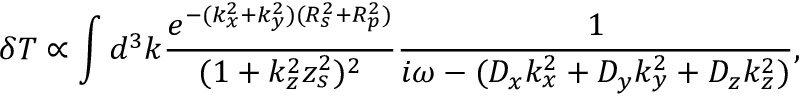
\delta T \propto \int d ^ { 3 } k \frac { e ^ { - ( k _ { x } ^ { 2 } + k _ { y } ^ { 2 } ) ( R _ { s } ^ { 2 } + R _ { p } ^ { 2 } ) } } { ( 1 + k _ { z } ^ { 2 } z _ { s } ^ { 2 } ) ^ { 2 } } \frac { 1 } { i \omega - ( { D _ { x } } { k _ { x } ^ { 2 } } + { D _ { y } } { k _ { y } ^ { 2 } } + { D _ { z } } { k _ { z } ^ { 2 } } ) } ,